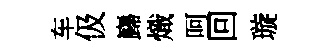
车伋巋熾呵回璇